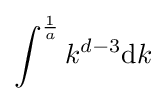
\int ^{\frac {1}{a}}k^{d-3}\mathrm {d} k